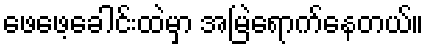
ဖေဖေ့ခေါင်းထဲမှာ အမြဲရောက်နေတယ်။